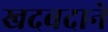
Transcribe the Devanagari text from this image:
खदबदाने